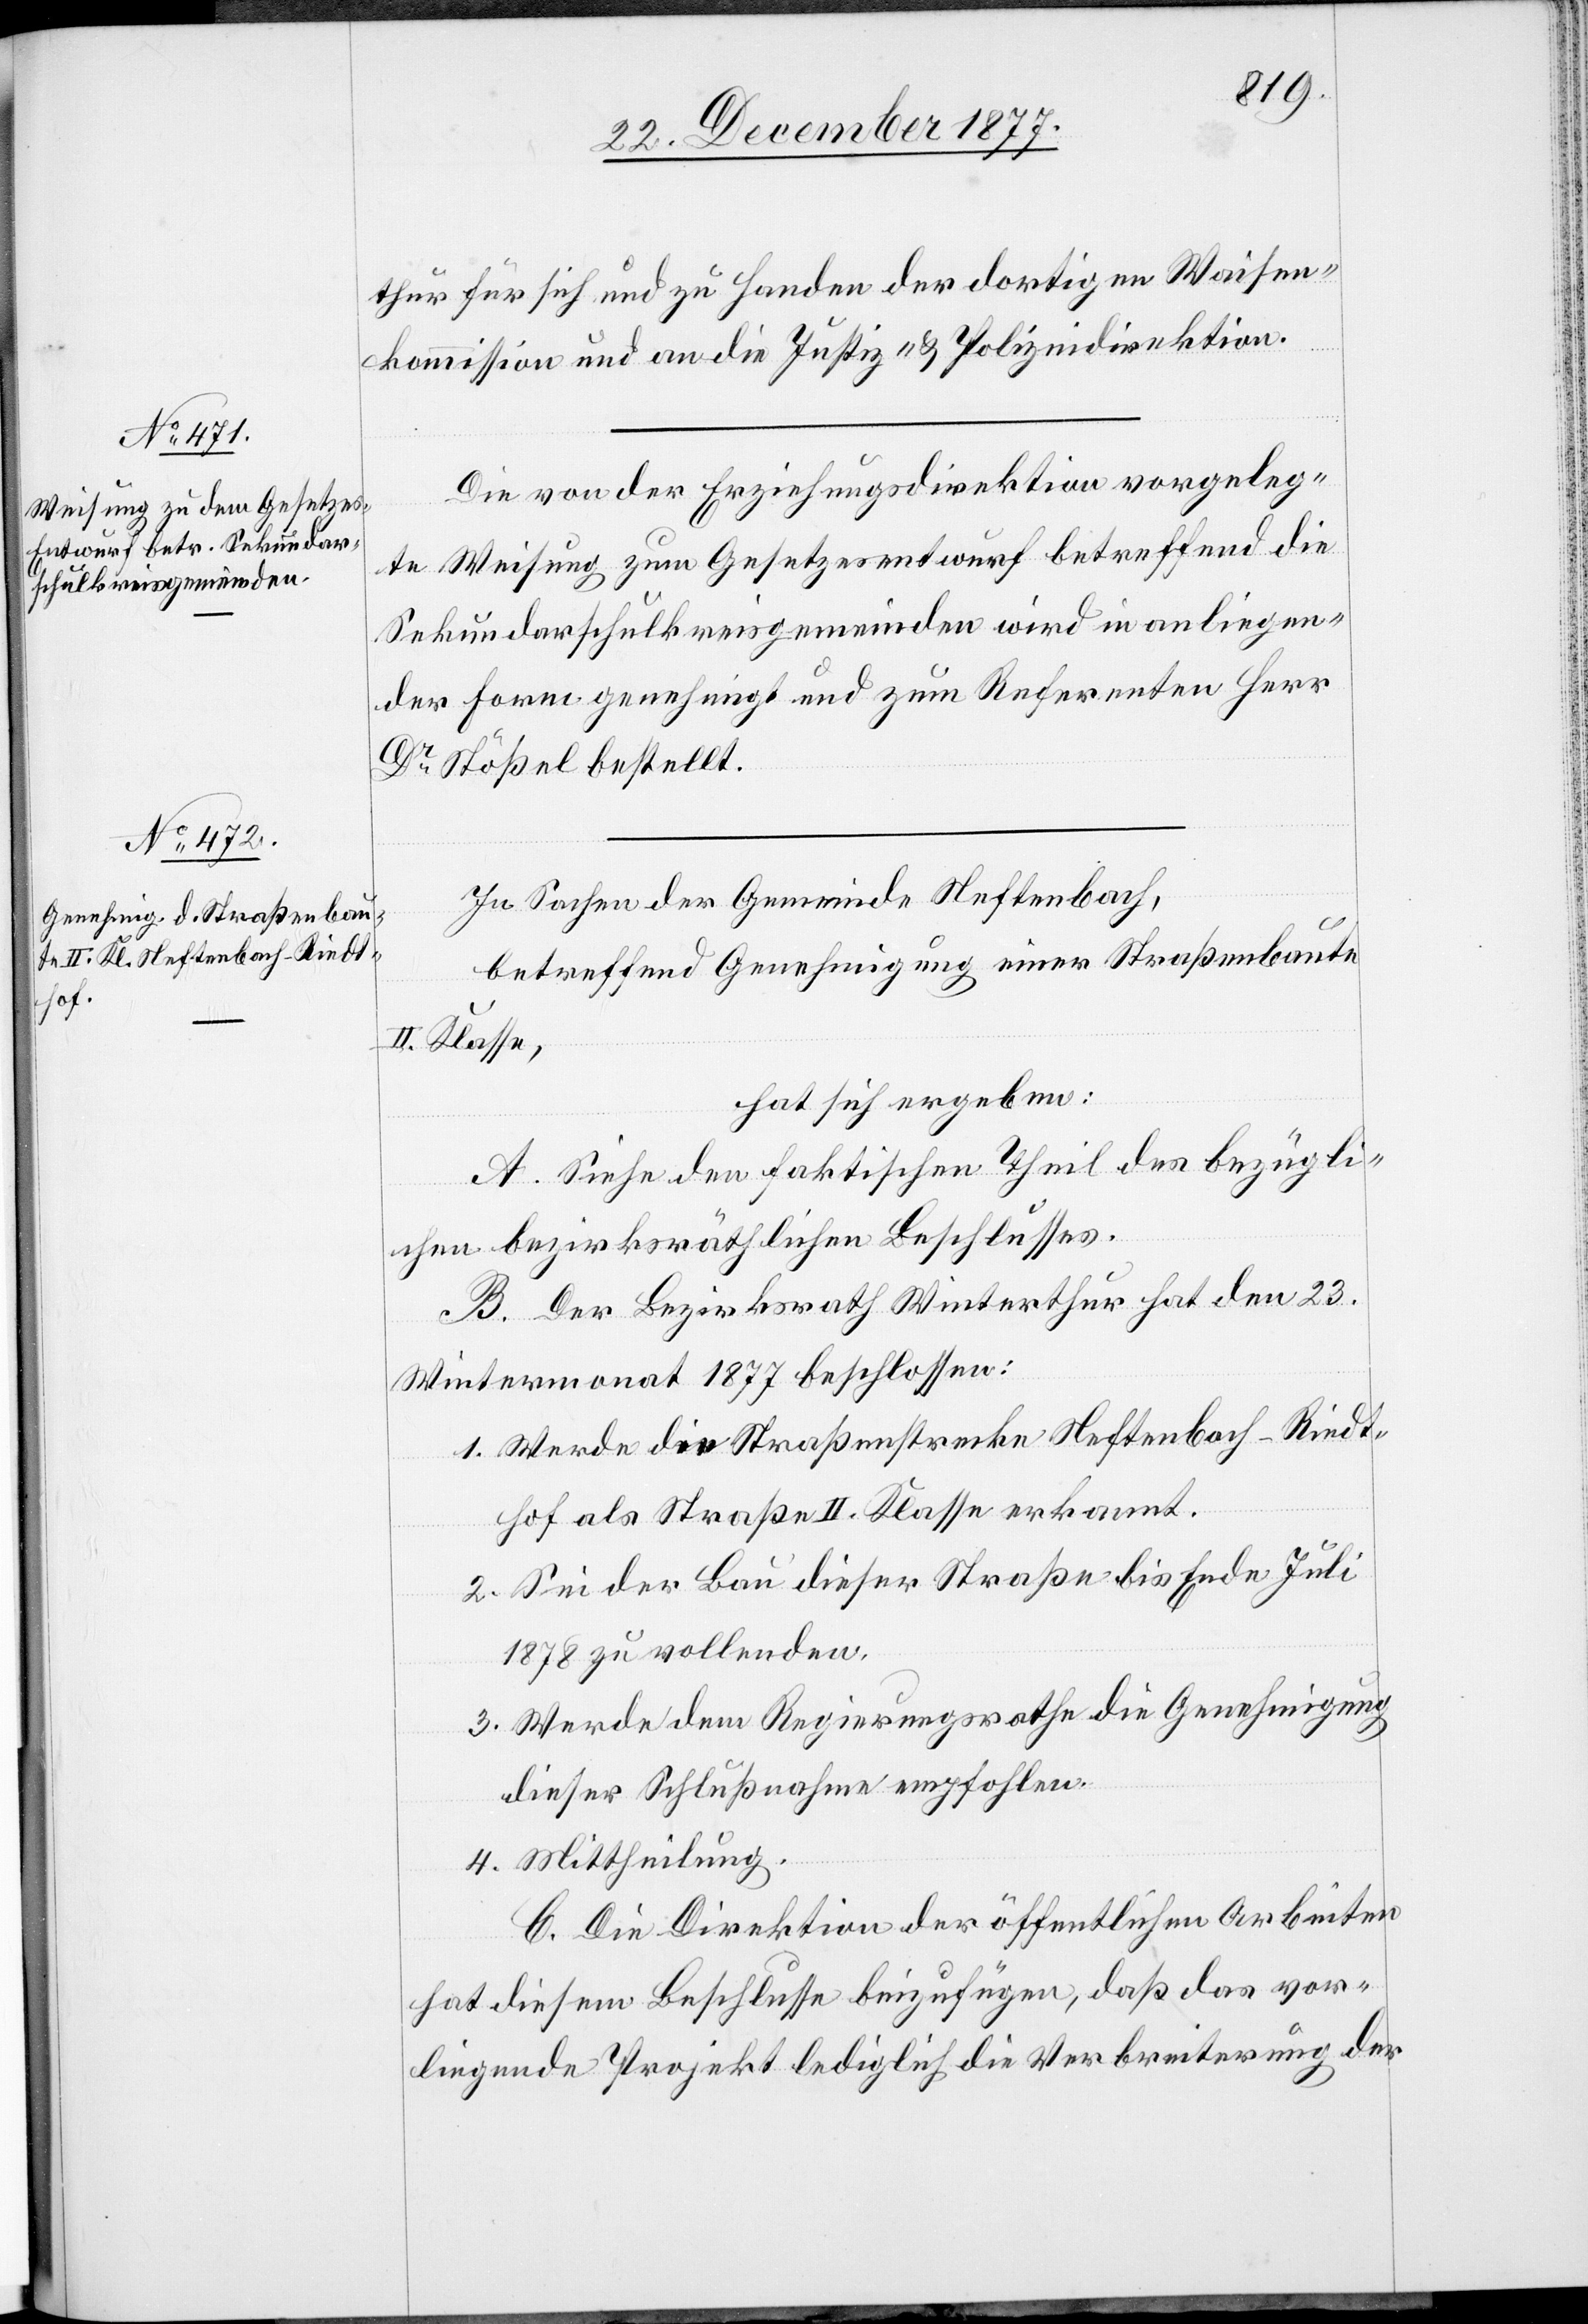
thur für sich und zu Handen der dortigen Waisen¬
kommission und an die Justiz- & Polizeidirektion.
Die von der Erziehungsdirektion vorgeleg¬
te Weisung zum Gesetzesentwurf betreffend die
Sekundarschulkreisgemeinden wird in anliegen¬
der Form genehmigt und zum Referenten Herr
Dr Stößel bestellt.
In Sachen der Gemeinde Neftenbach,
betreffend Genehmigung einer Straßenbaute
II. Klasse,
hat sich ergeben:
A. Siehe den faktischen Theil des bezügli¬
chen bezirksräthlichen Beschlusses.
B. Der Bezirksrath Winterthur hat den 23.
Wintermonat 1877 beschlossen:
1. Werde die Straßenstrecke Neftenbach–Riedt¬
hof als Straße II. Klasse erkannt.
2. Sei der Bau dieser Straße bis Ende Juli
1878 zu vollenden.
3. Werde dem Regierungsrathe die Genehmigung
dieser Schlußnahme empfohlen.
4. Mittheilung.
C. Die Direktion der öffentlichen Arbeiten
hat diesem Beschlusse beizufügen, daß das vor¬
liegende Projekt lediglich die Verbreiterung der